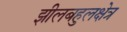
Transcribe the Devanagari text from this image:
झीलबहुलक्षेत्र